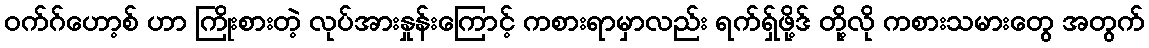
ဝက်ဂ်ဟော့စ် ဟာ ကြိုးစားတဲ့ လုပ်အားနှုန်းကြောင့် ကစားရာမှာလည်း ရက်ရှ်ဖို့ဒ် တို့လို ကစားသမားတွေ အတွက်